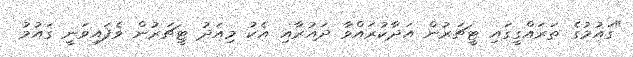
"ގައުމުގެ ތަރައްގީގައި ޓީޗަރުން އަދާކުރައްވާ ދައުރާއި އެކު މިއަދު ޓީޗަރުން ވެފައިވަނީ ގައުމު